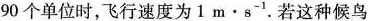
90个单位时，飞行速度为1m·s^{-1}.若这种候鸟